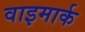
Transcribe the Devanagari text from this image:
वाइमार्क